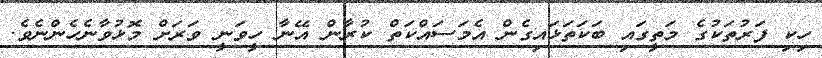
ހިކި ފަރުތަކުގެ މަތީގައި ބަކަތަޅައިގެން އެމަސައްކަތް ކުރާން އޭނާ ހީވަނީ ވަރަށް މޮޅުވާނެހެންނެވެ.